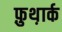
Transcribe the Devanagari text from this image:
फ़ुथ़ार्क